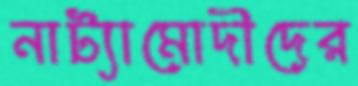
নাট্যামোদীদের